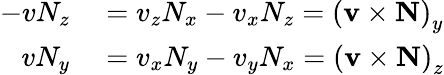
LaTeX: \begin{array}{rl}{-vN_{z}}&{{}=v_{z}N_{x}-v_{x}N_{z}=\left(\mathbf{v}\times\mathbf{N}\right)_{y}}\\ {vN_{y}}&{{}=v_{x}N_{y}-v_{y}N_{x}=\left(\mathbf{v}\times\mathbf{N}\right)_{z}}\end{array}